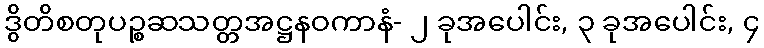
ဒွိတိစတုပဉ္စဆသတ္တအဋ္ဌနဝကာနံ- ၂ ခုအပေါင်း, ၃ ခုအပေါင်း, ၄